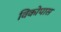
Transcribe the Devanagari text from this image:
विकोपास